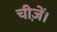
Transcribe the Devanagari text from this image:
चीज़ें।